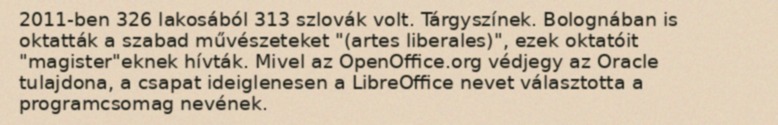
2011-ben 326 lakosából 313 szlovák volt. Tárgyszínek. Bolognában is oktatták a szabad művészeteket "(artes liberales)", ezek oktatóit "magister"eknek hívták. Mivel az OpenOffice.org védjegy az Oracle tulajdona, a csapat ideiglenesen a LibreOffice nevet választotta a programcsomag nevének.